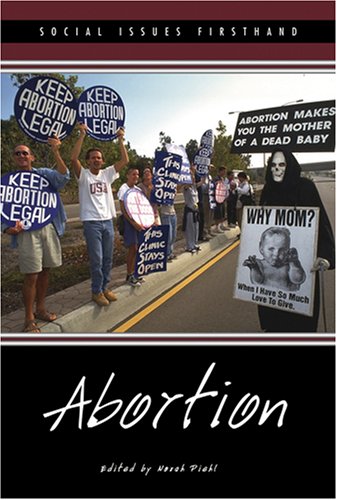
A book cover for Abortion (Social Issues Firsthand); Teen & Young Adult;